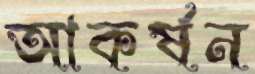
আকর্ষন